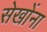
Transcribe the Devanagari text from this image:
सेखोंना